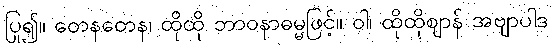
ပြု၍။ တေနတေန၊ ထိုထို ဘာဝနာဓမ္မဖြင့်။ ဝါ၊ ထိုထိုဈာန် အဗျာပါဒ